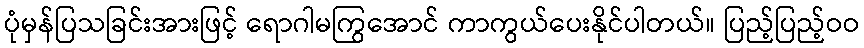
ပုံမှန်ပြသခြင်းအားဖြင့် ရောဂါမကြွအောင် ကာကွယ်ပေးနိုင်ပါတယ်။ ပြည့်ပြည့်ဝဝ